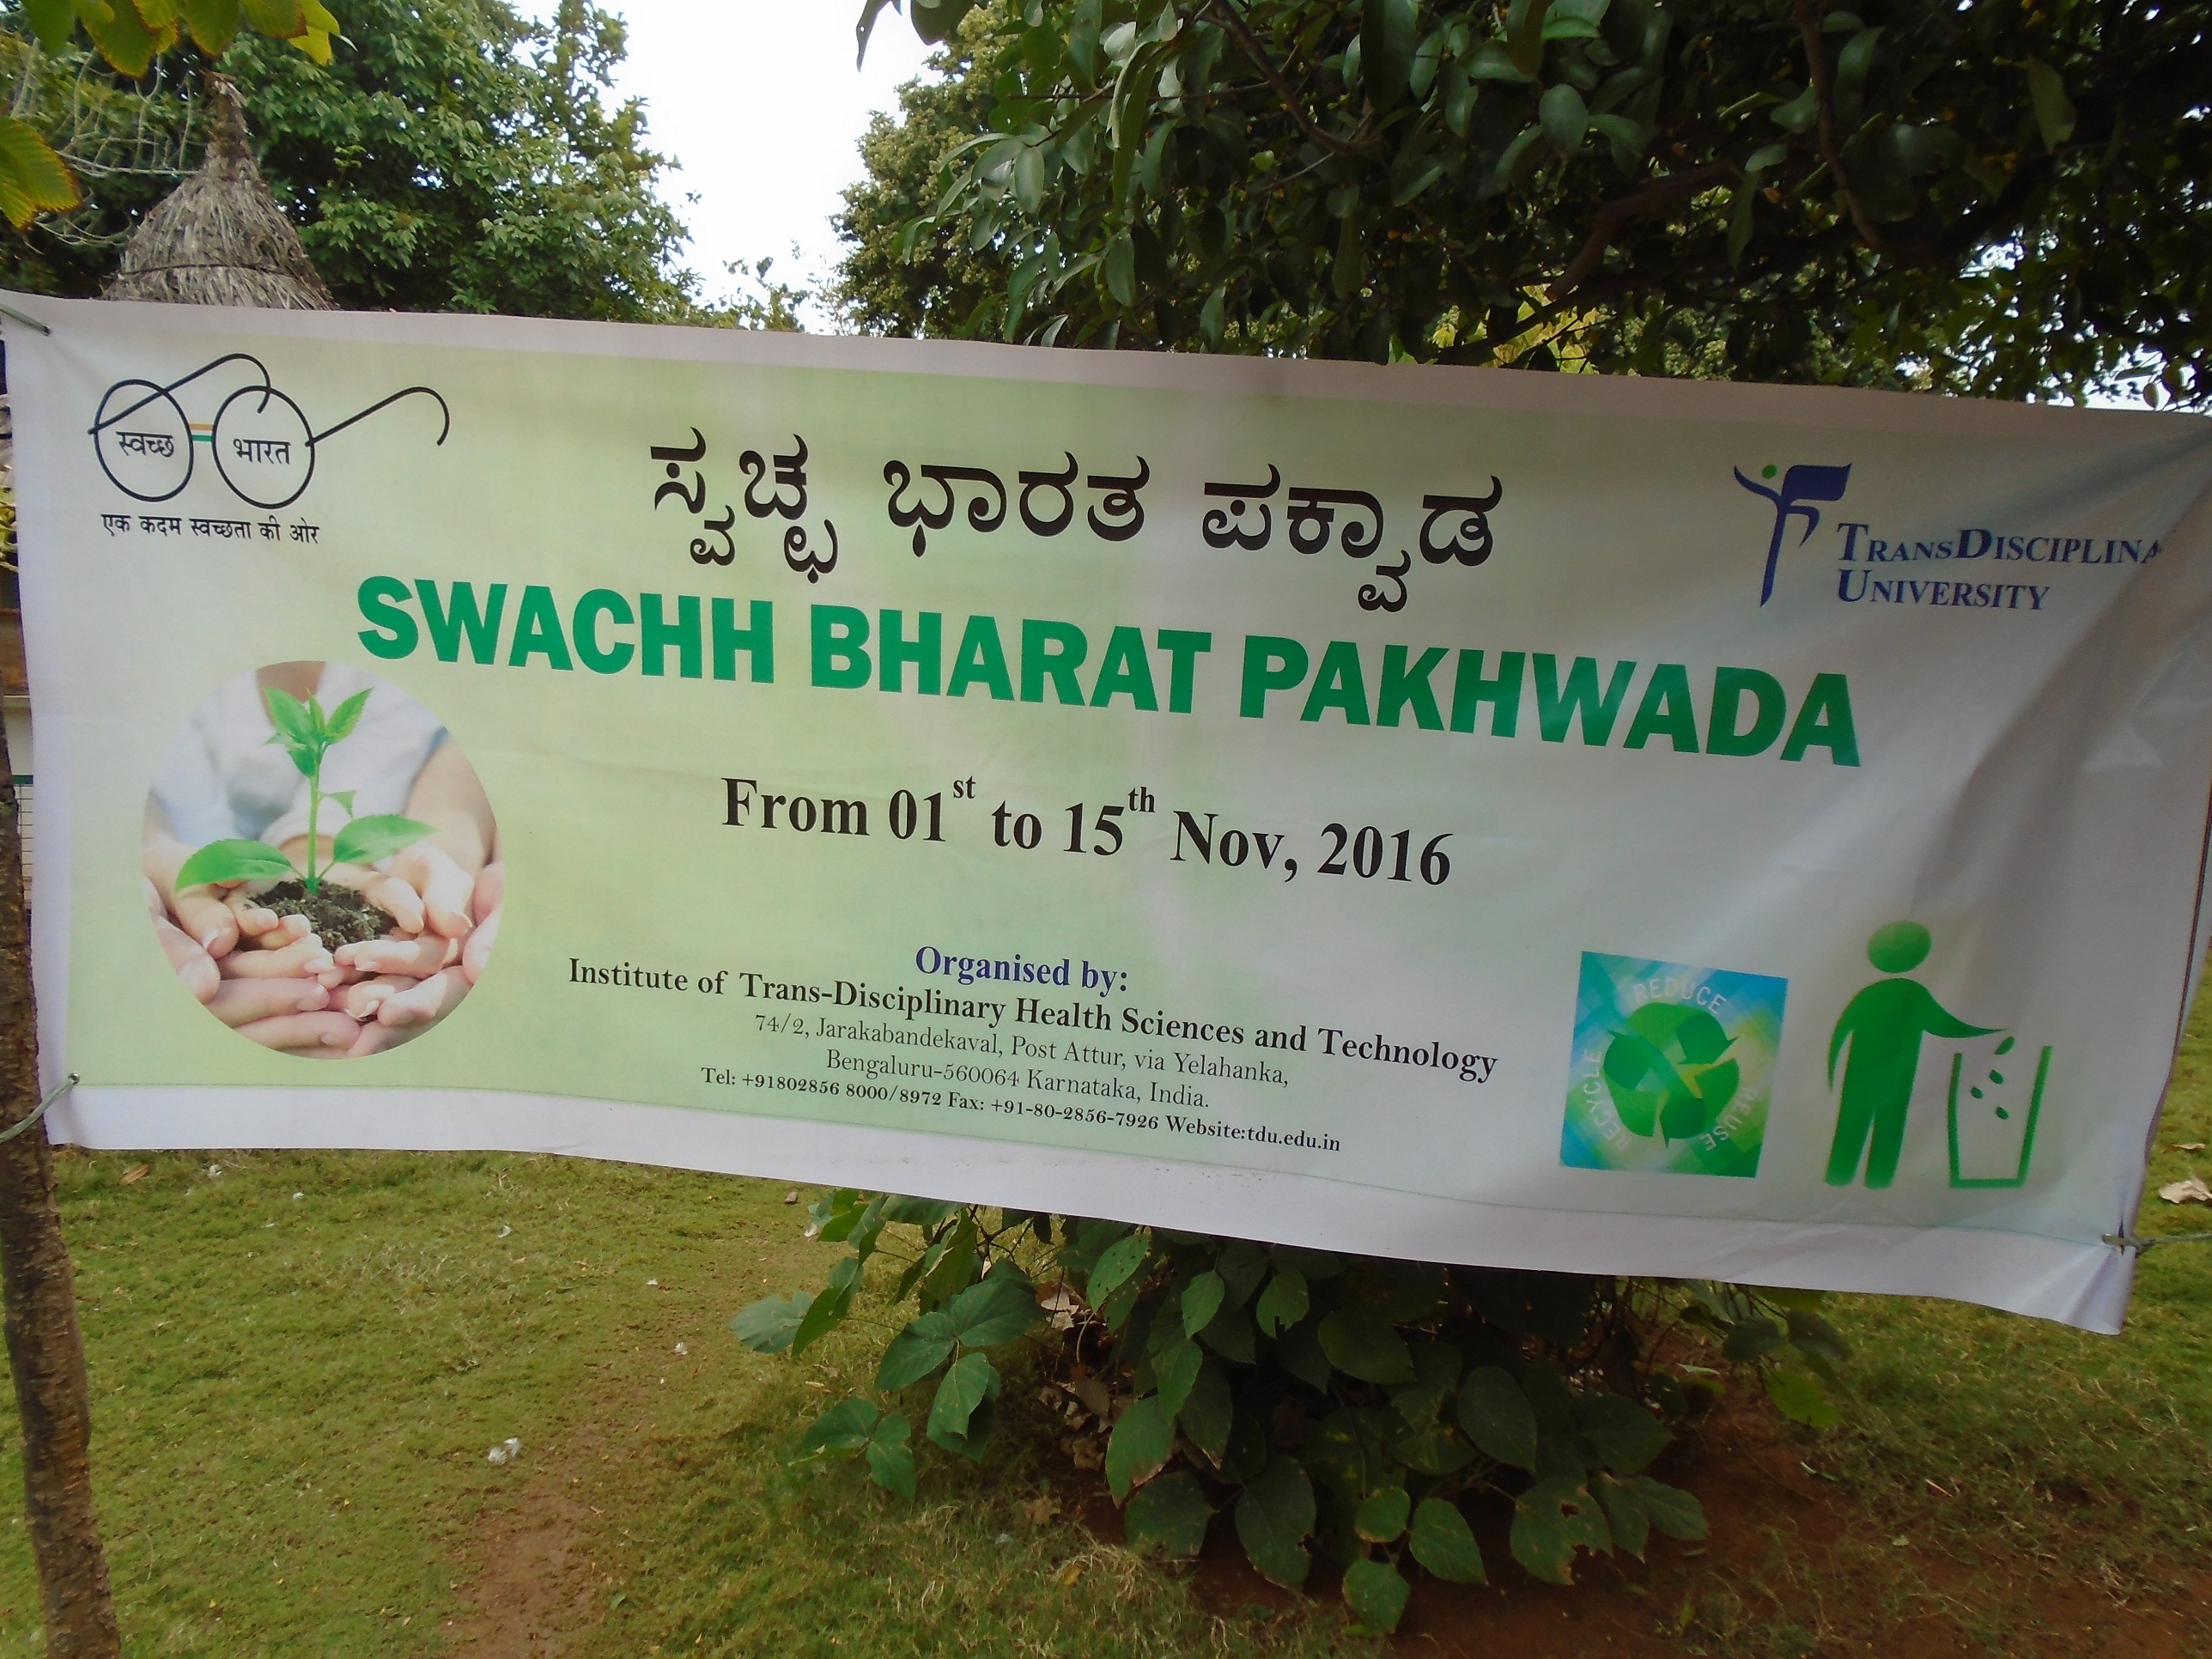
Language: kannada
Transcription: ಪಕ್ವಾಡ ಭಾರತ ಸ್ವಚ್ಛ